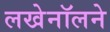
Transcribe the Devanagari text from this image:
लखेनॉलने